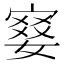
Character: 𡪋